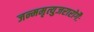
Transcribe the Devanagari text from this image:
जन्ममृत्युजरारोगैः